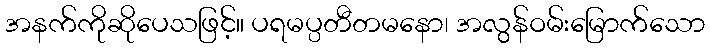
အနက်ကိုဆိုပေသဖြင့်။ ပရမပ္ပတီတမနော၊ အလွန်ဝမ်းမြောက်သော